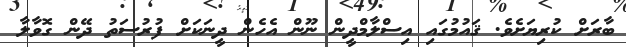
ބާރަށް ކުރިޔަށެވެ. ޤައުމުގައި އިސްލާމްދީން ނޫން އެހެން ދީނަކަށް ފުރުސަތު ދޭން ގޮވާލާ